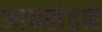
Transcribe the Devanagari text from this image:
आयलंडने